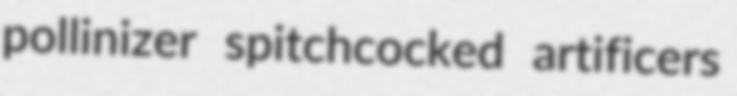
pollinizer spitchcocked artificers